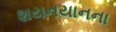
શયનયાનના